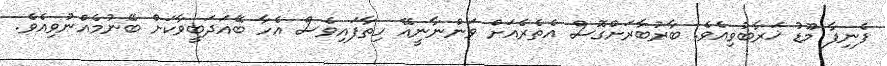
ފެނިފާ މޫޑު ޚަރާބުވިއެވެ. ބާރުބާރަށްގޮސް އެތެރެއަށް ވަންނާނީއޭ ހިތާފައިވެސް އެހާ ބޭއަދަބީވާކަށް ބޭނުމެއްނުވިއެވެ.